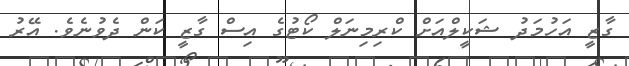
ގާޒީ އަހުމަދު ޝަކީލްއަށް ކްރިމިނަލް ކޯޓުގެ އިސް ގާޒީ ކަން ދެވުނެވެ. އޭރު